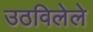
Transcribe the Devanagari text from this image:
उठविलेले